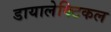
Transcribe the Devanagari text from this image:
डायालेक्टिकल